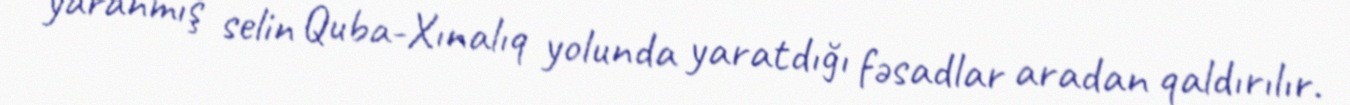
yaranmış selin Quba-Xınalıq yolunda yaratdığı fəsadlar aradan qaldırılır.